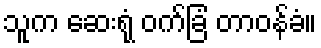
သူက ဆေးရုံ ဝက်ခြံ တာဝန်ခံ။